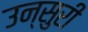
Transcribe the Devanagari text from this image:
उन्सुरी